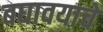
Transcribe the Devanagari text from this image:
बघावयाचे